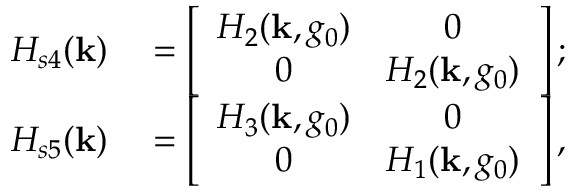
\begin{array} { r l } { H _ { s 4 } ( { \bf k } ) } & { { } = \left[ \begin{array} { c c } { H _ { 2 } ( { \bf k } , g _ { 0 } ) } & { 0 } \\ { 0 } & { H _ { 2 } ( { \bf k } , g _ { 0 } ) } \end{array} \right] ; } \\ { H _ { s 5 } ( { \bf k } ) } & { { } = \left[ \begin{array} { c c } { H _ { 3 } ( { \bf k } , g _ { 0 } ) } & { 0 } \\ { 0 } & { H _ { 1 } ( { \bf k } , g _ { 0 } ) } \end{array} \right] , } \end{array}